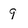
Character: 9